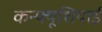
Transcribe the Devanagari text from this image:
कन्फ्यूशियाई